Scottish Leaving Certificate Examination, 1959
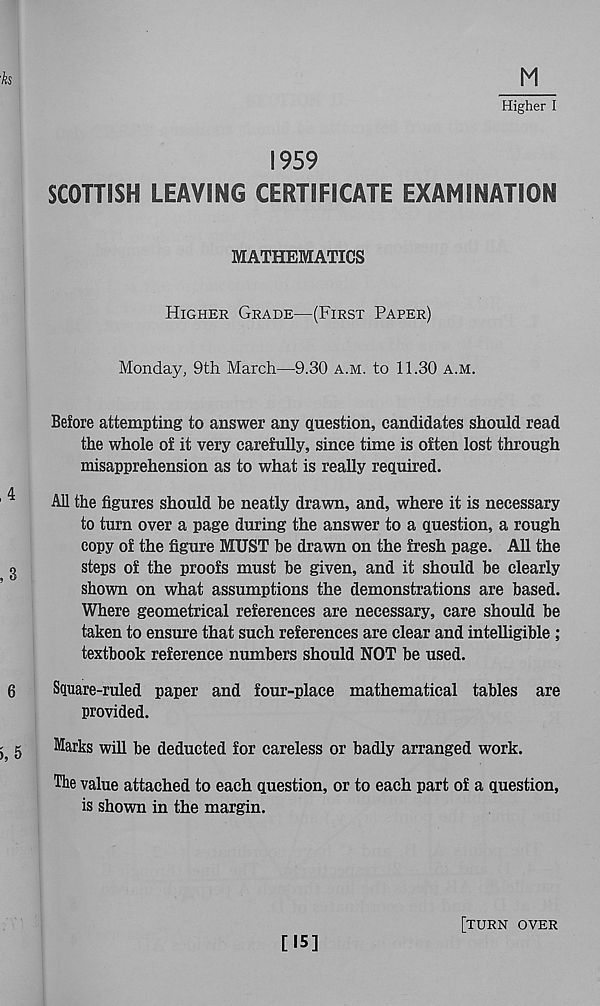
Higher I
1959
SCOTTISH LEAVING CERTIFICATE EXAMINATION
MATHEMATICS
Higher Grade—(First Paper)
Monday, 9th March—9.30 a.m. to 11.30 a.m.
Before attempting to answer any question, candidates should read
the whole of it very carefully, since time is often lost through
misapprehension as to what is really required.
All the figures should be neatly drawn, and, where it is necessary
to turn over a page during the answer to a question, a rough
copy of the figure MUST be drawn on the fresh page. All the
steps of the proofs must be given, and it should be clearly
shown on what assumptions the demonstrations are based.
Where geometrical references are necessary, care should be
taken to ensure that such references are clear and intelligible ;
textbook reference numbers should NOT be used.
Square-ruled paper and four-place mathematical tables are
provided.
Marks will be deducted for careless or badly arranged work.
The value attached to each question, or to each part of a question,
is shown in the margin.
[15]
[turn over